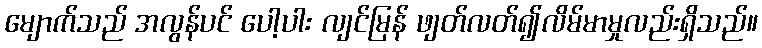
မျောက်သည် အလွန်ပင် ပေါ့ပါး လျင်မြန် ဖျတ်လတ်၍လိမ်မာမှုလည်းရှိသည်။